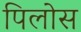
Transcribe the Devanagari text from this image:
पिलोस